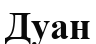
Дуан